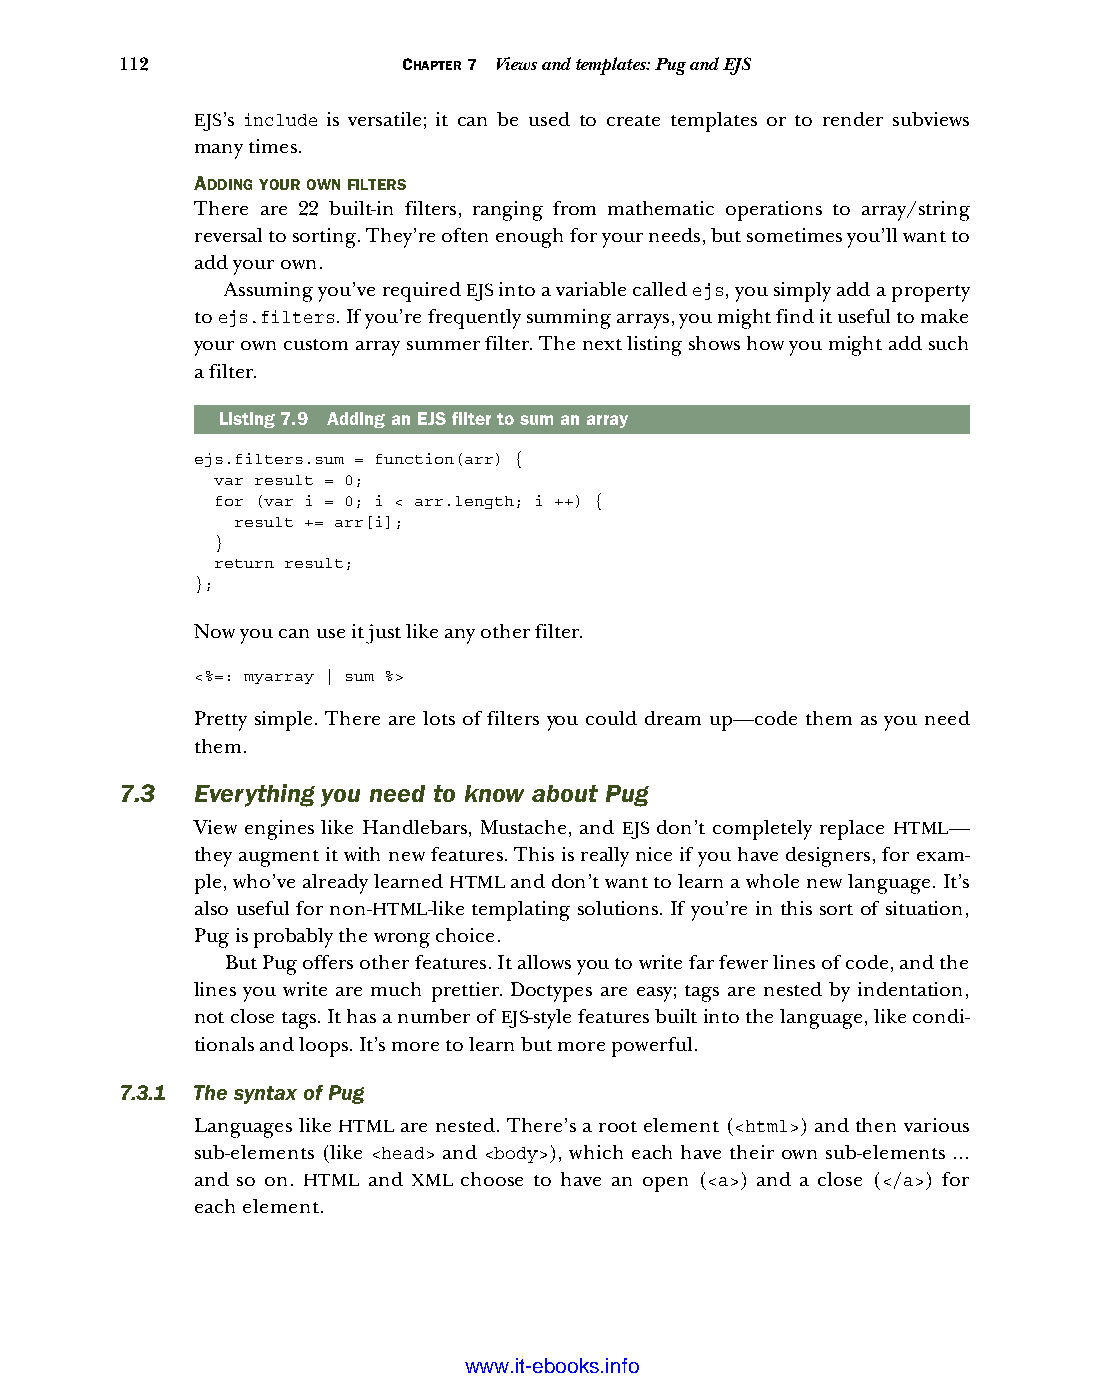
112                CHAPTER 7 Views and templates: Pug and EJS
 EJS’s include is versatile; it can be used to create templates or to render subviews
 many times.
 ADDING YOUR OWN FILTERS
 There are 22 built-in filters, ranging from mathematic operations to array/string
 reversal to sorting. They’re often enough for your needs, but sometimes you’ll want to
 add your own.
 Assuming you’ve required EJS into a variable called ejs, you simply add a property
 to ejs.filters. If you’re frequently summing arrays, you might find it useful to make
 your own custom array summer filter. The next listing shows how you might add such
 a filter.
 Listing7.9 Adding an EJS filter to sum an array
 ejs.filters.sum = function(arr) {
 var result = 0;
 for (var i = 0; i < arr.length; i ++) {
 result += arr[i];
 }
 return result;
 };
 Now you can use it just like any other filter.
 <%=: myarray | sum %>
 Pretty simple. There are lots of filters you could dream up—code them as you need
 them.
 7.3  Everything you need to know about Pug
 View engines like Handlebars, Mustache, and EJS don’t completely replace HTML—
 they augment it with new features. This is really nice if you have designers, for exam-
 ple, who’ve already learned HTML and don’t want to learn a whole new language. It’s
 also useful for non-HTML-like templating solutions. If you’re in this sort of situation,
 Pug is probably the wrong choice.
 But Pug offers other features. It allows you to write far fewer lines of code, and the
 lines you write are much prettier. Doctypes are easy; tags are nested by indentation,
 not close tags. It has a number of EJS-style features built into the language, like condi-
 tionals and loops. It’s more to learn but more powerful.
 7.3.1 The syntax of Pug
 Languages like HTML are nested. There’s a root element (<html>) and then various
 sub-elements (like <head> and <body>), which each have their own sub-elements ...
 and so on. HTML and XML choose to have an open (<a>) and a close (</a>) for
 each element.
 Licensed wtow w <.mit-ielebro.8o8k8s@.ingfomail.com>